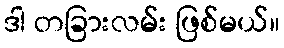
ဒါ တခြားလမ်း ဖြစ်မယ်။